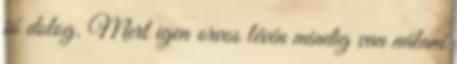
jó dolog. Mert igen orvos lévén mindig van nálam